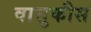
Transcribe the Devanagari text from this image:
वासुकीस